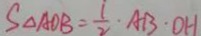
S _ { \Delta A O B } = \frac { 1 } { 2 } \cdot A B \cdot O H